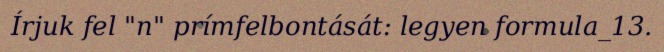
Írjuk fel "n" prímfelbontását: legyen formula_13.